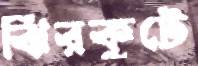
ঝিরকুটে